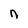
Character: n